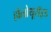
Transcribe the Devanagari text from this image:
होलोथूरॉइड